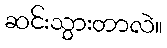
ဆင်းသွားတာလဲ။